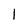
Character: 1